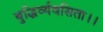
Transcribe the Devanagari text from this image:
बुद्धिर्व्यवसिता।।